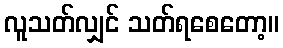
လူသတ်လျှင် သတ်ရစေတော့။